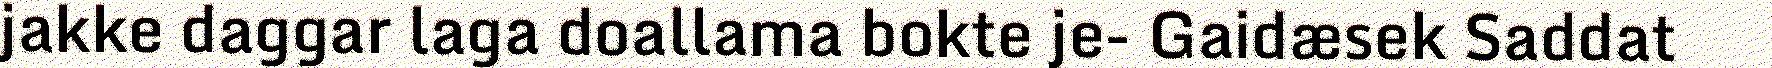
jakke daggar laga doallama bokte je- Gaidæsek Saddat